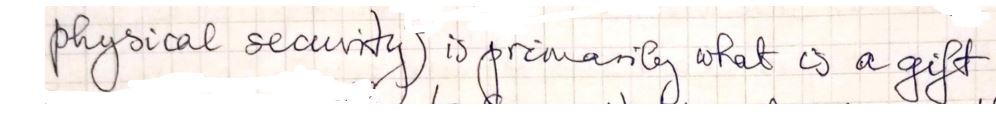
physical security ), is primarily what is a gift